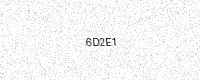
Text: 6D2E1